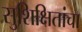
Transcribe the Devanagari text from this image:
सुशिक्षितांचा